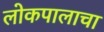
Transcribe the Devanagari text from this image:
लोकपालाचा